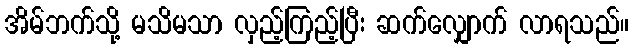
အိမ်ဘက်သို့ မသိမသာ လှည့်ကြည့်ပြီး ဆက်လျှောက် လာရသည်။